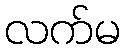
လက်မ